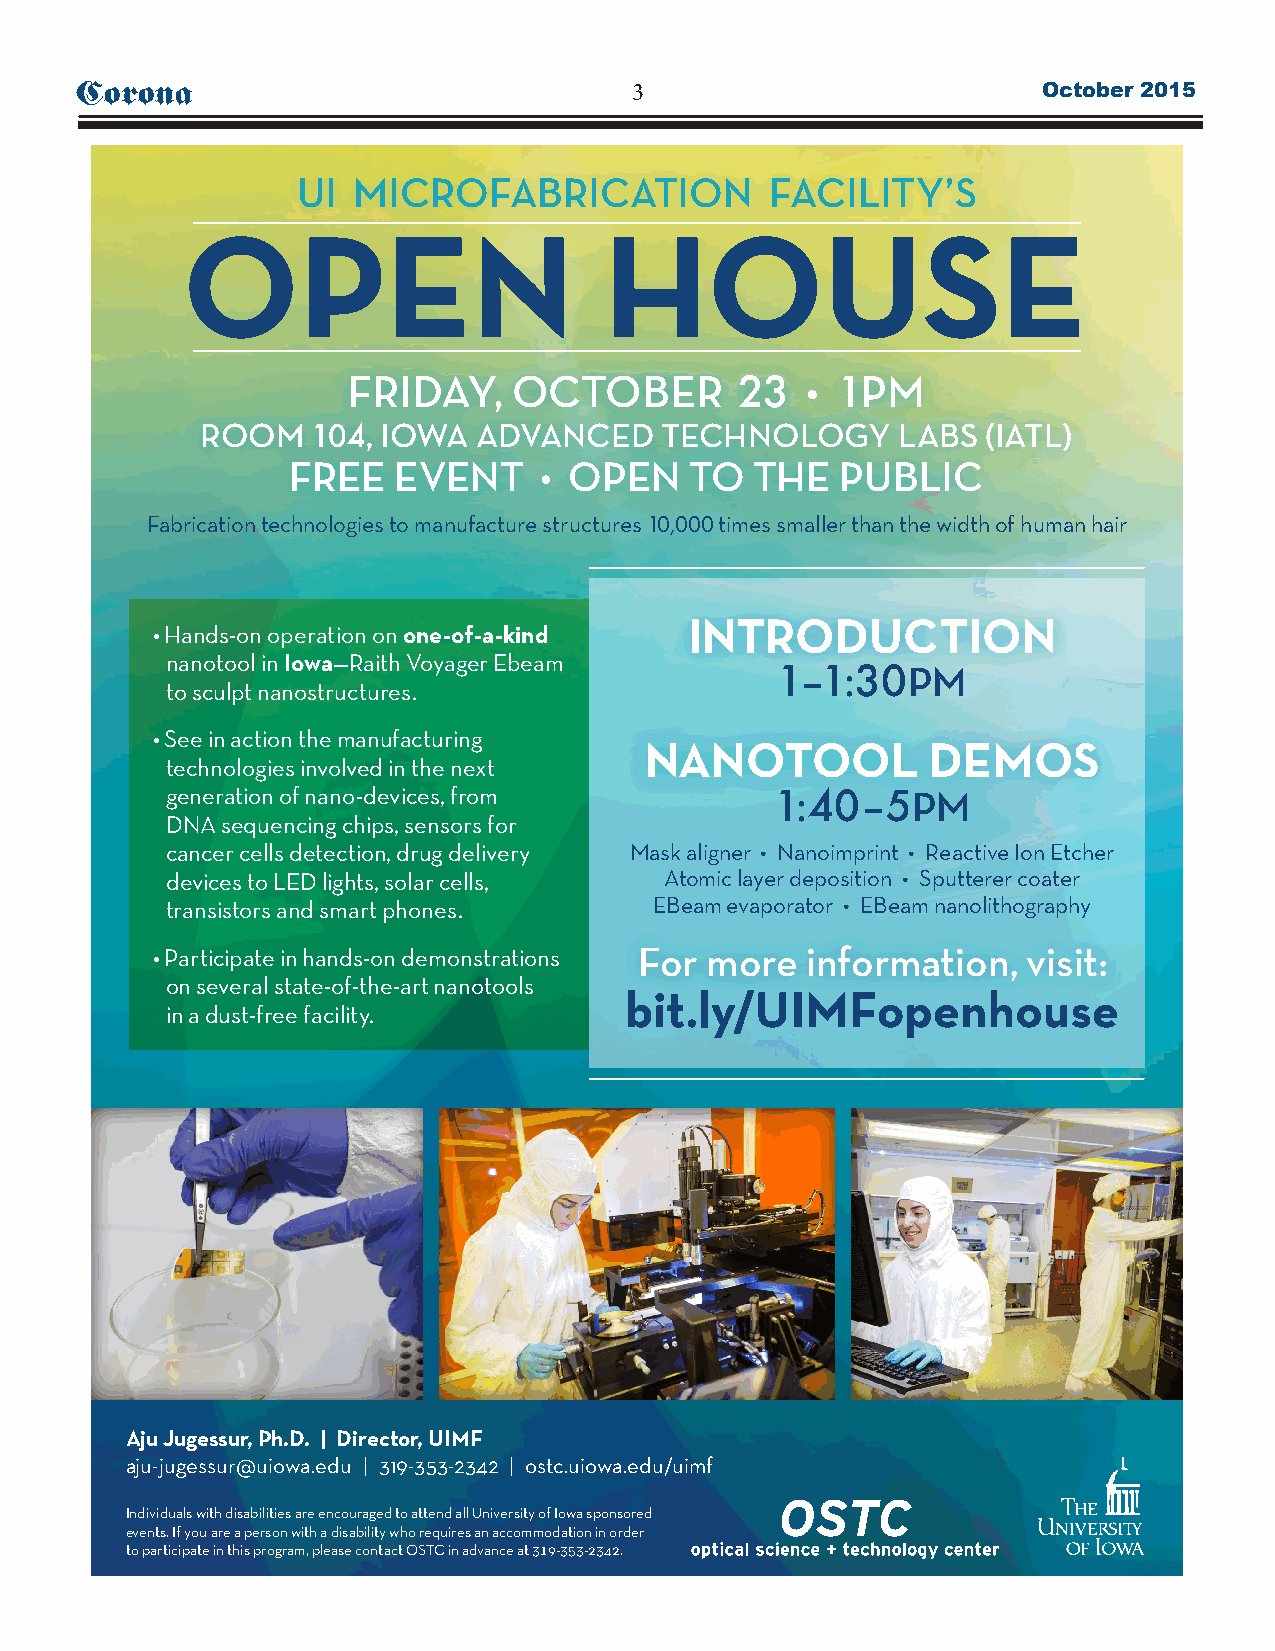
Corona                               3                          October 2015
 UI MICROFABRICATION            FACILITY’S
 OPEN                        HOUSE
 FRIDAY,    OCTOBER        23  • 1PM
 ROOM    104, IOWA  ADVANCED    TECHNOLOGY     LABS  (IATL)
 FREE   EVENT     • OPEN    TO  THE   PUBLIC
 Fabrication technologies to manufacture structures 10,000 times smaller than the width of human hair
 INTRODUCTION
 • Hands-on operation on one-of-a-kind
 nanotool in Iowa—Raith Voyager Ebeam
 1–1:30PM
 to sculpt nanostructures.
 • See in action the manufacturing
 NANOTOOL           DEMOS
 technologies involved in the next
 generation of nano-devices, from        1:40–5PM
 DNA sequencing chips, sensors for
 cancer cells detection, drug delivery Mask aligner • Nanoimprint • Reactive Ion Etcher
 devices to LED lights, solar cells, Atomic layer deposition • Sputterer coater
 transistors and smart phones.   EBeam evaporator • EBeam nanolithography
 • Participate in hands-on demonstrations For more information, visit:
 on several state-of-the-art nanotools
 bit.ly/UIMFopenhouse
 in a dust-free facility.
 Aju Jugessur, Ph.D. | Director, UIMF
 aju-jugessur@uiowa.edu | 319-353-2342 | ostc.uiowa.edu/uimf
 Individuals with disabilities are encouraged to attend all University of Iowa sponsored
 events. If you are a person with a disability who requires an accommodation in order
 to participate in this program, please contact OSTC in advance at 319-353-2342.